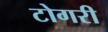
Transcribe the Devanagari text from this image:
टोगरी